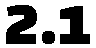
2.1